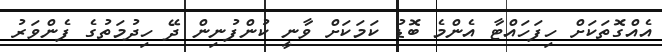
އެއްގޮތަކަށް ހިފަހައްޓާ އެންމެ ބޮޑު ކަމަކަށް ވާނީ ކުންފުނިން ދޭ ހިދުމަތުގެ ފެންވަރު